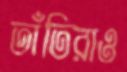
তাঁতিরাও